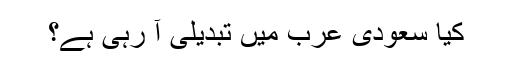
کیا سعودی عرب میں تبدیلی آ رہی ہے؟